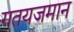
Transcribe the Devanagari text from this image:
गतयजमान